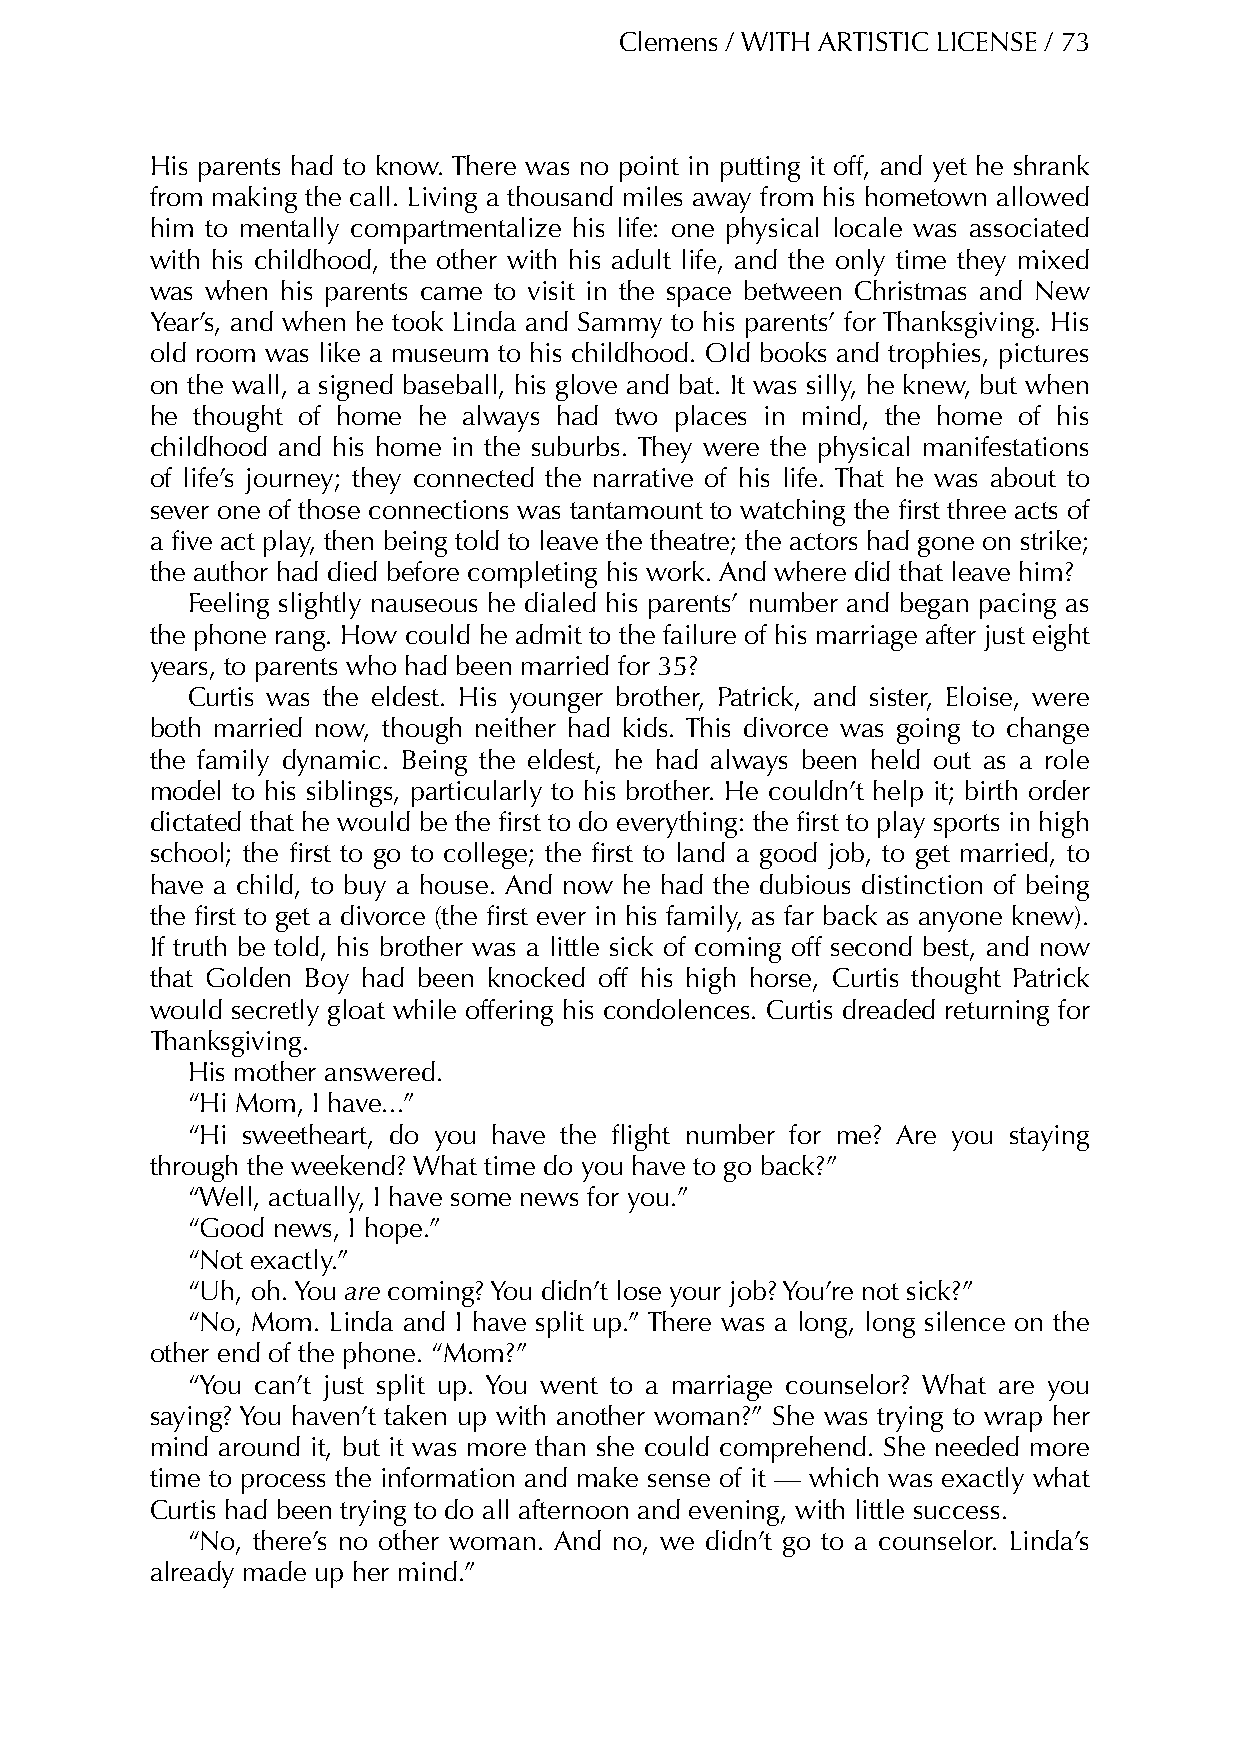
Clemens / WITH ARTISTIC LICENSE / 73
 His parents had to know. There was no point in putting it off, and yet he shrank
 from making the call. Living a thousand miles away from his hometown allowed
 him to mentally compartmentalize his life: one physical locale was associated
 with his childhood, the other with his adult life, and the only time they mixed
 was when his parents came to visit in the space between Christmas and New
 Year’s, and when he took Linda and Sammy to his parents’ for Thanksgiving. His
 old room was like a museum to his childhood. Old books and trophies, pictures
 on the wall, a signed baseball, his glove and bat. It was silly, he knew, but when
 he thought of home he always had two places in mind, the home of his
 childhood and his home in the suburbs. They were the physical manifestations
 of life’s journey; they connected the narrative of his life. That he was about to
 sever one of those connections was tantamount to watching the first three acts of
 a five act play, then being told to leave the theatre; the actors had gone on strike;
 the author had died before completing his work. And where did that leave him?
 Feeling slightly nauseous he dialed his parents’ number and began pacing as
 the phone rang. How could he admit to the failure of his marriage after just eight
 years, to parents who had been married for 35?
 Curtis was the eldest. His younger brother, Patrick, and sister, Eloise, were
 both married now, though neither had kids. This divorce was going to change
 the family dynamic. Being the eldest, he had always been held out as a role
 model to his siblings, particularly to his brother. He couldn’t help it; birth order
 dictated that he would be the first to do everything: the first to play sports in high
 school; the first to go to college; the first to land a good job, to get married, to
 have a child, to buy a house. And now he had the dubious distinction of being
 the first to get a divorce (the first ever in his family, as far back as anyone knew).
 If truth be told, his brother was a little sick of coming off second best, and now
 that Golden Boy had been knocked off his high horse, Curtis thought Patrick
 would secretly gloat while offering his condolences. Curtis dreaded returning for
 Thanksgiving.
 His mother answered.
 “Hi Mom, I have...”
 “Hi sweetheart, do you have the flight number for me? Are you staying
 through the weekend? What time do you have to go back?”
 “Well, actually, I have some news for you.”
 “Good news, I hope.”
 “Not exactly.”
 “Uh, oh. You are coming? You didn’t lose your job? You’re not sick?”
 “No, Mom. Linda and I have split up.” There was a long, long silence on the
 other end of the phone. “Mom?”
 “You can’t just split up. You went to a marriage counselor? What are you
 saying? You haven’t taken up with another woman?” She was trying to wrap her
 mind around it, but it was more than she could comprehend. She needed more
 time to process the information and make sense of it — which was exactly what
 Curtis had been trying to do all afternoon and evening, with little success.
 “No, there’s no other woman. And no, we didn’t go to a counselor. Linda’s
 already made up her mind.”